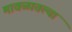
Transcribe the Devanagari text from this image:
मावळातल्या